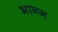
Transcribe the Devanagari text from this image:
भान्ग